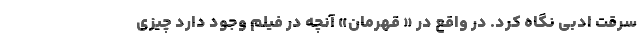
سرقت ادبی نگاه کرد. در واقع در « قهرمان» آنچه در فیلم وجود دارد چیزی